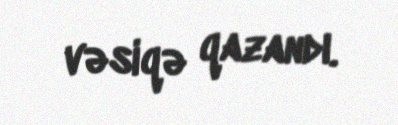
vəsiqə qazandı.